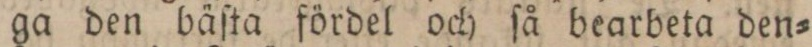
ga den bäſta fördel och ſå bearbeta den=